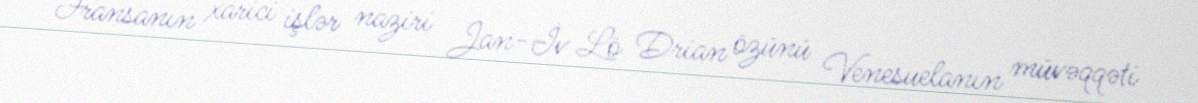
Fransanın xarici işlər naziri Jan-İv Lö Drian özünü Venesuelanın müvəqqəti